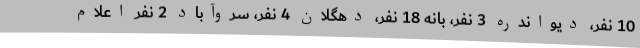
10 نفر، دیواندره 3 نفر، بانه 18 نفر، دهگلان 4 نفر، سروآباد 2 نفر اعلام